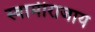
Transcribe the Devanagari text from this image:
स्वामीराजाय